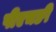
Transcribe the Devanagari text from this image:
पीएचङी